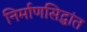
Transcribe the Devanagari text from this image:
निर्माणसिद्धांत